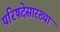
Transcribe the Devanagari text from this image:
परिषदेसारख्या